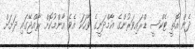
ދެން އޮތީ ޓެކްސީ ޑްރައިވަރުންގެ އާމްދަނީގެ ވާހަކަ އެވެ އާންމުކޮށް ރާއްޖޭގައި ދަށަށް